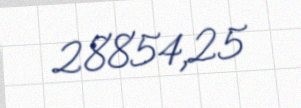
28854,25